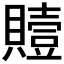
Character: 𮚢